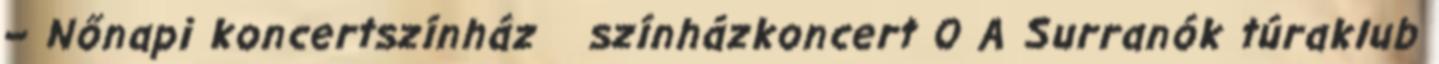
– Nőnapi koncertszínház színházkoncert 0 A Surranók túraklub